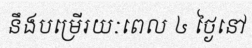
នឹងបម្រើរយៈពេល ៤ ថ្ងៃនៅ